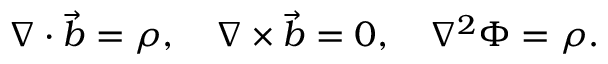
\nabla \cdot \vec { b } = \rho , \quad \nabla \times \vec { b } = 0 , \quad \nabla ^ { 2 } \Phi = \rho .